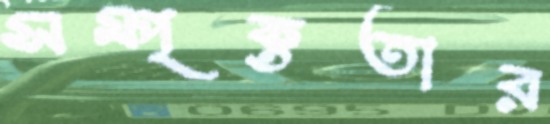
সম্পৃক্ততার